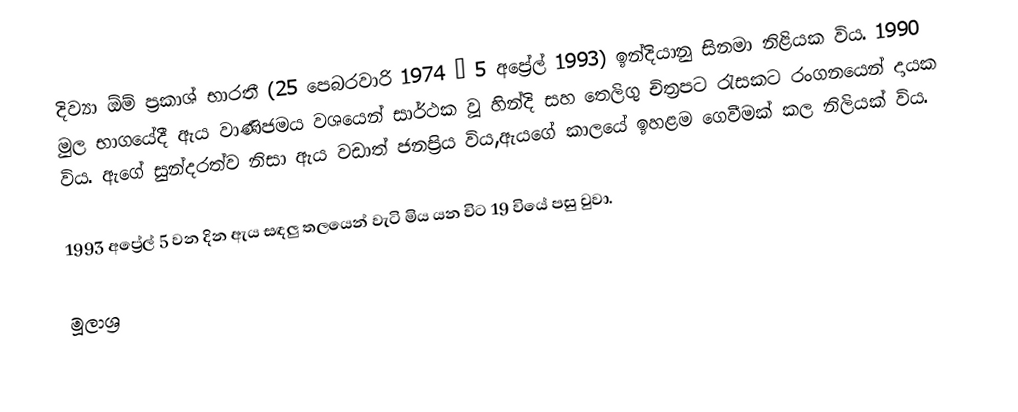
දිව්‍යා ඕම් ප්‍රකාශ් භාරතී (25 පෙබරවාරි 1974 – 5 අප්‍රේල් 1993) ඉන්දියානු සිනමා නිළියක විය. 1990 මුල භාගයේදී ඇය වාණිජමය වශයෙන් සාර්ථක වූ හින්දි සහ තෙලිගු චිත්‍රපට රැසකට රංගනයෙන් දායක විය. ඇගේ සුන්දරත්ව නිසා ඇය වඩාත් ජනප්‍රිය විය,ඇයගේ කාලයේ ඉහළම ගෙවීමක් කල නිලියක් විය.

1993 අප්‍රේල් 5 වන දින ඇය සඳලු තලයෙන් වැටි මිය යන විට 19 වියේ පසු වුවා.

මූලාශ්‍ර